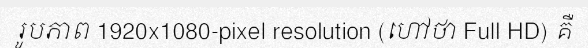
រូបភាព 1920x1080-pixel resolution (ហៅថា Full HD) គឺ